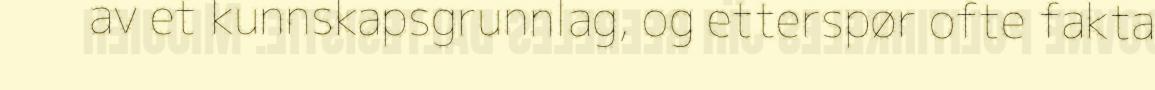
av et kunnskapsgrunnlag, og etterspør ofte fakta